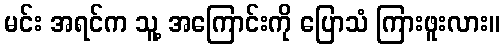
မင်း အရင်က သူ့ အကြောင်းကို ပြောသံ ကြားဖူးလား။